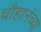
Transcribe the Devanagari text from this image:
चौहानंच्या